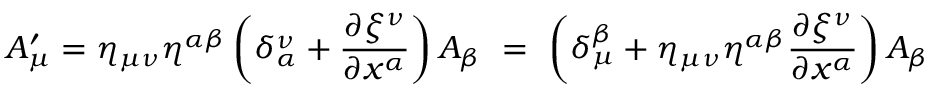
A _ { \mu } ^ { \prime } = \eta _ { \mu \nu } \eta ^ { \alpha \beta } \left( \delta _ { \alpha } ^ { \nu } + \frac { \partial \xi ^ { \nu } } { \partial x ^ { \alpha } } \right) A _ { \beta } ~ = ~ \left( \delta _ { \mu } ^ { \beta } + \eta _ { \mu \nu } \eta ^ { \alpha \beta } \frac { \partial \xi ^ { \nu } } { \partial x ^ { \alpha } } \right) A _ { \beta }